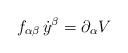
\begin{align*}f_{\alpha\beta}\,\dot y^\beta=\partial_\alpha V\end{align*}